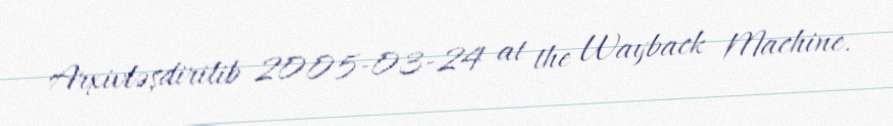
Arxivləşdirilib 2005-03-24 at the Wayback Machine.